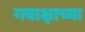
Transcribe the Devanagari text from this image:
गवाक्षाच्या